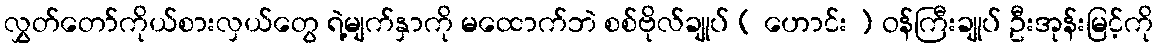
လွှတ်တော်ကိုယ်စားလှယ်တွေ ရဲ့မျက်နှာကို မထောက်ဘဲ စစ်ဗိုလ်ချုပ် ( ဟောင်း ) ဝန်ကြီးချုပ် ဦးအုန်းမြင့်ကို